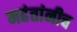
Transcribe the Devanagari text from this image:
महंतांनीच